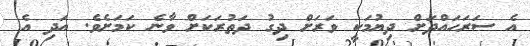
އެ ސަރަހައްދަށް ދިޔުމަކީ ވަރަށް ދިގު ދަތުރަކަށް ވާނެ ކަމަށެވެ. އަދި އެ